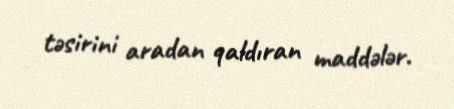
təsirini aradan qaldıran maddələr.